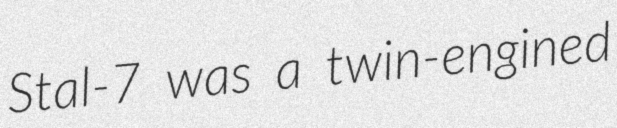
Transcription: Stal-7 was a twin-engined